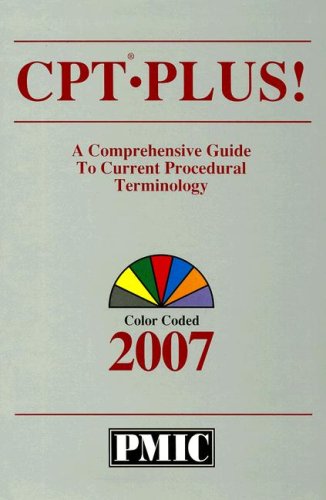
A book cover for CPT PLUS! 2007; PMIC; Medical Books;